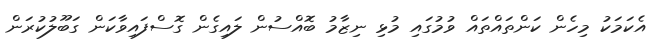
އެކަމަކު މިހެން ކަންތައްތައް ވުމުގައި މުޅި ނިޒާމު ބޮއްސުން ލައިގެން ގޮސްފައިވާކަން ގަބޫލުކުރަން